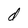
Character: d